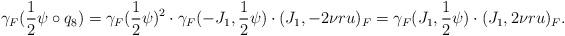
LaTeX: \begin{align*} \gamma_F(\frac{1}{2} \psi \circ q_8) = \gamma_F(\frac{1}{2} \psi)^2 \cdot \gamma_F(-J_1, \frac{1}{2} \psi) \cdot (J_1, - 2 \nu r u)_F = \gamma_F(J_1, \frac{1}{2} \psi) \cdot (J_1, 2 \nu r u)_F.\end{align*}